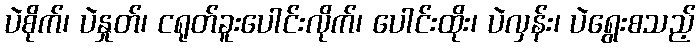
ပဲစိုက်၊ ပဲနှုတ်၊ ငရုတ်ခူးပေါင်းလိုက်၊ ပေါင်းထိုး၊ ပဲလှန်း၊ ပဲရွေးစသည့်